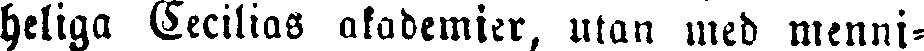
heliga Cecilias akademier, utan med menni-